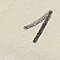
1